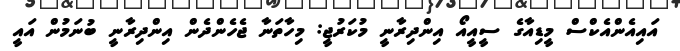
އައިއެންއެކްސް މީޑިއާގެ ސީއީއޯ އިންދިރާނީ މުކަރުޖީ: މިހާތަނާ ޖެހެންދެން އިންދިރާނީ ބުނަމުން އައީ